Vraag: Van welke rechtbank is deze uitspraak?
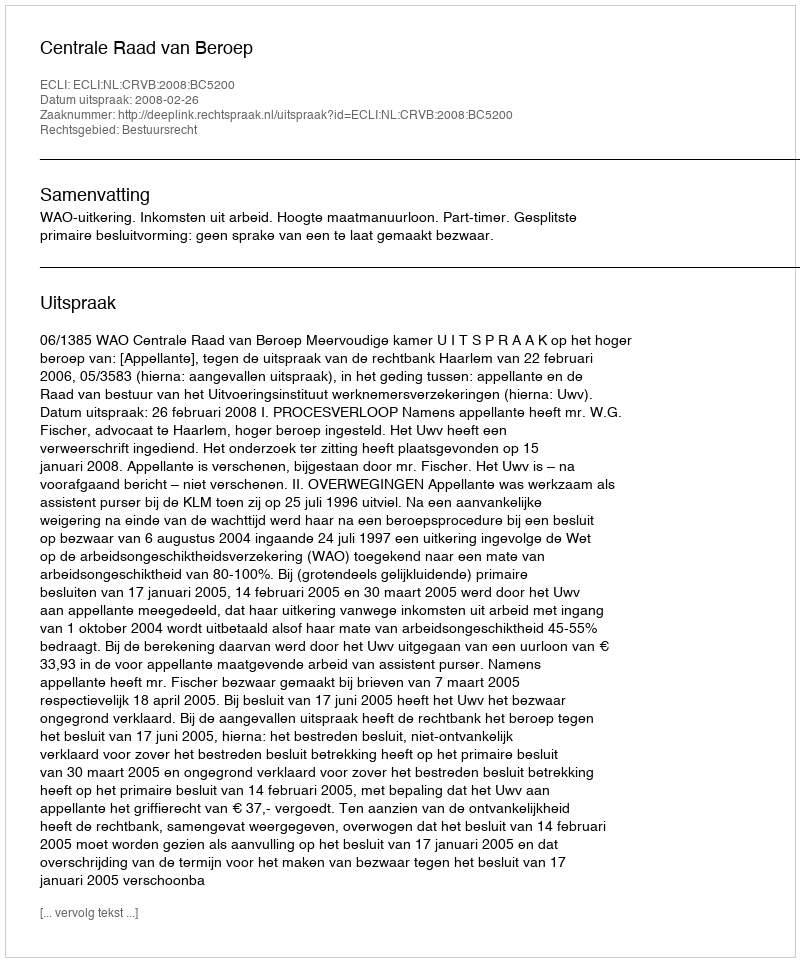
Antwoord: Centrale Raad van Beroep